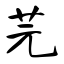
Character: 芫